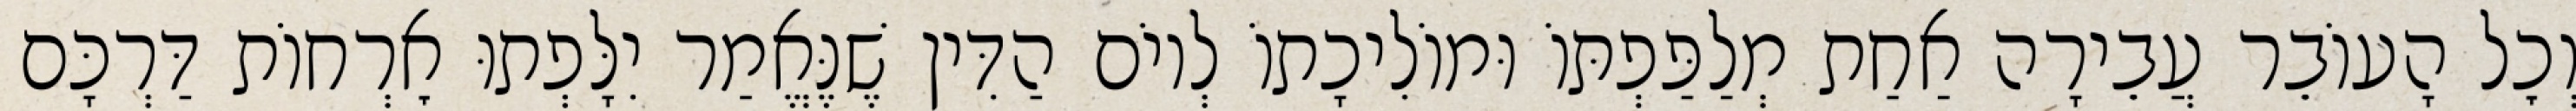
וְכׇל הָעוֹבֵר עֲבֵירָה אַחַת מְלַפַּפְתּוֹ וּמוֹלִיכָתוֹ לְיוֹם הַדִּין שֶׁנֶּאֱמַר יִלָּפְתוּ אׇרְחוֹת דַּרְכָּם